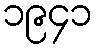
၁၉၄၁